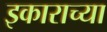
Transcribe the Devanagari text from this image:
इकाराच्या